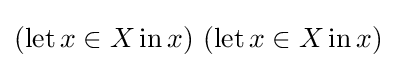
(\operatorname {let} x\in X\operatorname {in} x)\ (\operatorname {let} x\in X\operatorname {in} x)